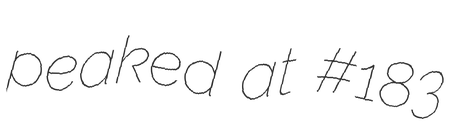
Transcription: peaked at #183